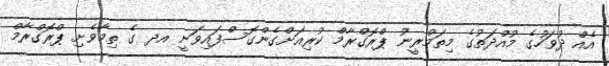
އެއް ދުވަހުގެ މުއްދަތުގެ މިތަމްރީނު ޕްރޮގްރާމް ކުރިއަށްގެންގޮސްފައިވަނީ އދ ގެ ތިމާވެށި ޕްރޮގްރާމް